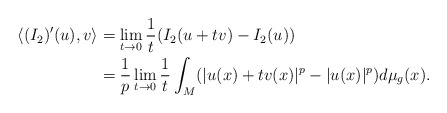
\begin{align*} \langle( I _{2})'(u),v\rangle & = \lim_{t\to0}\frac{1}{t}( I _{2}(u+tv)- I _{2}(u))\\ &= \frac{1}{p} \lim_{t\to 0}\frac{1}{t} \int _{M} (|u(x)+tv(x)|^{p} -|u(x)|^{p})d\mu _g(x). \end{align*}